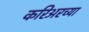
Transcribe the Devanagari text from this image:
करिअरच्या